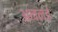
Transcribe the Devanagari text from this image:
अन्नई